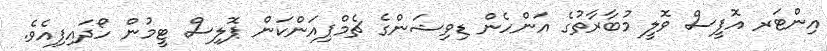
އިންޓަރ އޮފީސް ވޮލީ މުބާރާތުގެ އަންހެން ޑިވިޝަންގެ ޗެމްޕިއަންކަން ޕޮލިސް ޓީމުން ހޯދައިފިއެވެ.